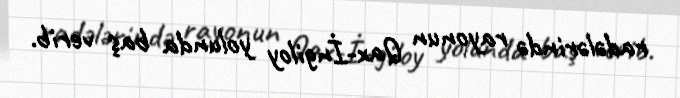
radələrində rayonun Qax-İngiloy yolunda baş verib.